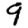
Digit: 9